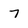
Character: 7